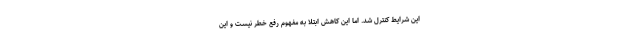
این شرایط کنترل شد. اما این کاهش ابتلا به مفهوم رفع خطر نیست و این